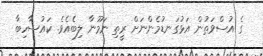
ގެ އުސްވަތުން އަޅުގަނޑުމެންނަށް ރީތި ނަމޫނާ ލިބެއެވެ. ކައުސާހިބާ